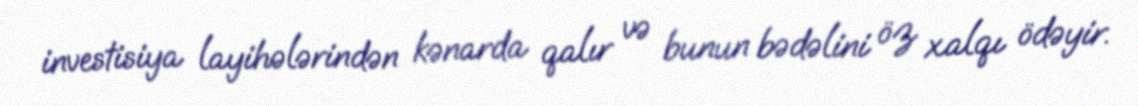
investisiya layihələrindən kənarda qalır və bunun bədəlini öz xalqı ödəyir.